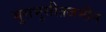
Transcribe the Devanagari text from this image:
भुसभुसीतजमीन